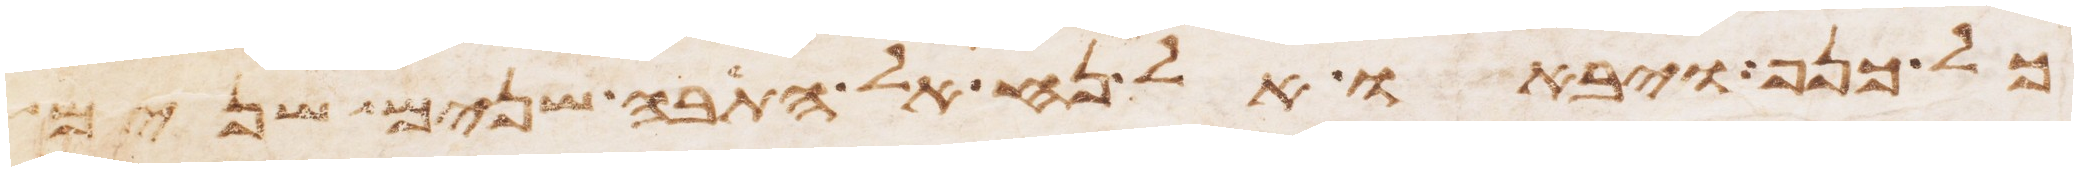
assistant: כל כנף ויבאו אל נח אל התבה שנים שנים